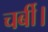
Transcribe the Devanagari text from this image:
चर्बी।